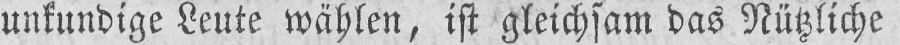
unkundige Leute wählen, ist gleichsam das Nützliche